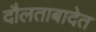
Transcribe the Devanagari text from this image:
दौलताबादेत